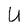
Character: U